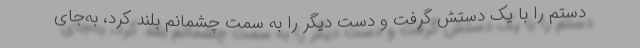
دستم را با یک دستش گرفت و دست دیگر را به سمت چشمانم بلند کرد، به‌جای